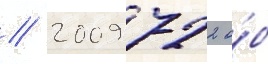
// 2009 722 о́б